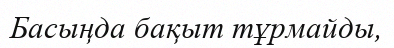
Басыңда бақыт тұрмайды,